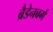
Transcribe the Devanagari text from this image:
ब्रैडेनबर्ग